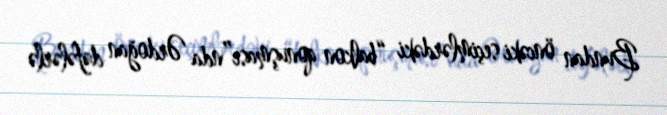
Bundan öncəki seçimlərdəki “balkon qonuşması”nda Ərdoğan dəfələrlə